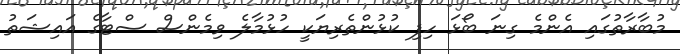
މުބާރާތުގައި އެންމެ ގިނަ ބޯޅަ ހިފި ކުޅުންތެރިޔަކީ ހުޅުމާލެ ވިމެންސް ސްޓާގެ އައިޝަތު